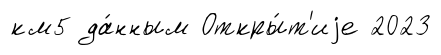
км5 да́нным Откры́т'иjе 2023